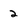
Character: 2